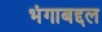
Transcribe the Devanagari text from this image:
भंगाबद्दल